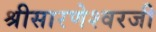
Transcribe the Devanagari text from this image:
श्रीसारणेश्वरजी